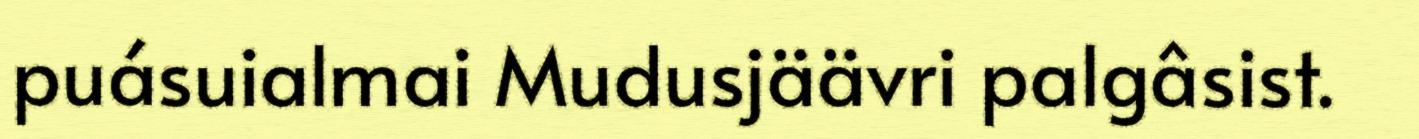
puásuialmai Mudusjäävri palgâsist.